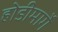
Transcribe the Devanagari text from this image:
होडीमार्गे